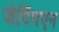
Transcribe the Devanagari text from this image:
जेटिंगएन